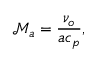
\mathcal { M } _ { a } = \frac { \nu _ { o } } { a c _ { p } } ,